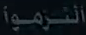
النوروما